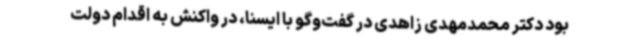
بود دکتر محمدمهدی زاهدی در گفت‌وگو با ایسنا، در واکنش به اقدام دولت